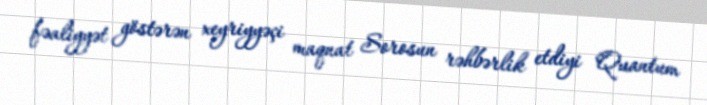
fəaliyyət göstərən xeyriyyəçi maqnat Sorosun rəhbərlik etdiyi Quantum